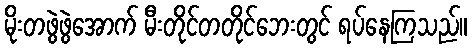
မိုးတဖွဲဖွဲအောက် မီးတိုင်တတိုင်ဘေးတွင် ရပ်နေကြသည်။